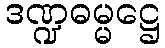
ဒဏ္ဍဓမ္မဋ္ဌေ